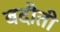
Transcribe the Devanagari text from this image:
बदौती